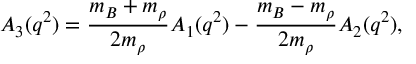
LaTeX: A _ { 3 } ( q ^ { 2 } ) = \frac { m _ { B } + m _ { \rho } } { 2 m _ { \rho } } A _ { 1 } ( q ^ { 2 } ) - \frac { m _ { B } - m _ { \rho } } { 2 m _ { \rho } } A _ { 2 } ( q ^ { 2 } ) ,